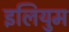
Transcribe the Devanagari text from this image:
इलियुम